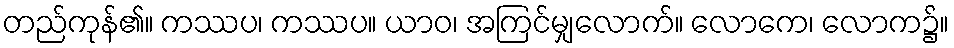
တည်ကုန်၏။ ကဿပ၊ ကဿပ။ ယာဝ၊ အကြင်မျှလောက်။ လောကေ၊ လောက၌။